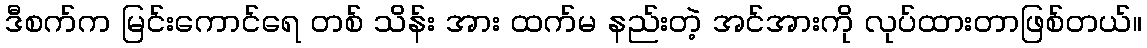
ဒီစက်က မြင်းကောင်ရေ တစ် သိန်း အား ထက်မ နည်းတဲ့ အင်အားကို လုပ်ထားတာဖြစ်တယ်။